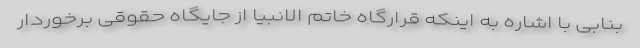
بنابی با اشاره به اینکه قرارگاه خاتم الانبیا از جایگاه حقوقی برخوردار